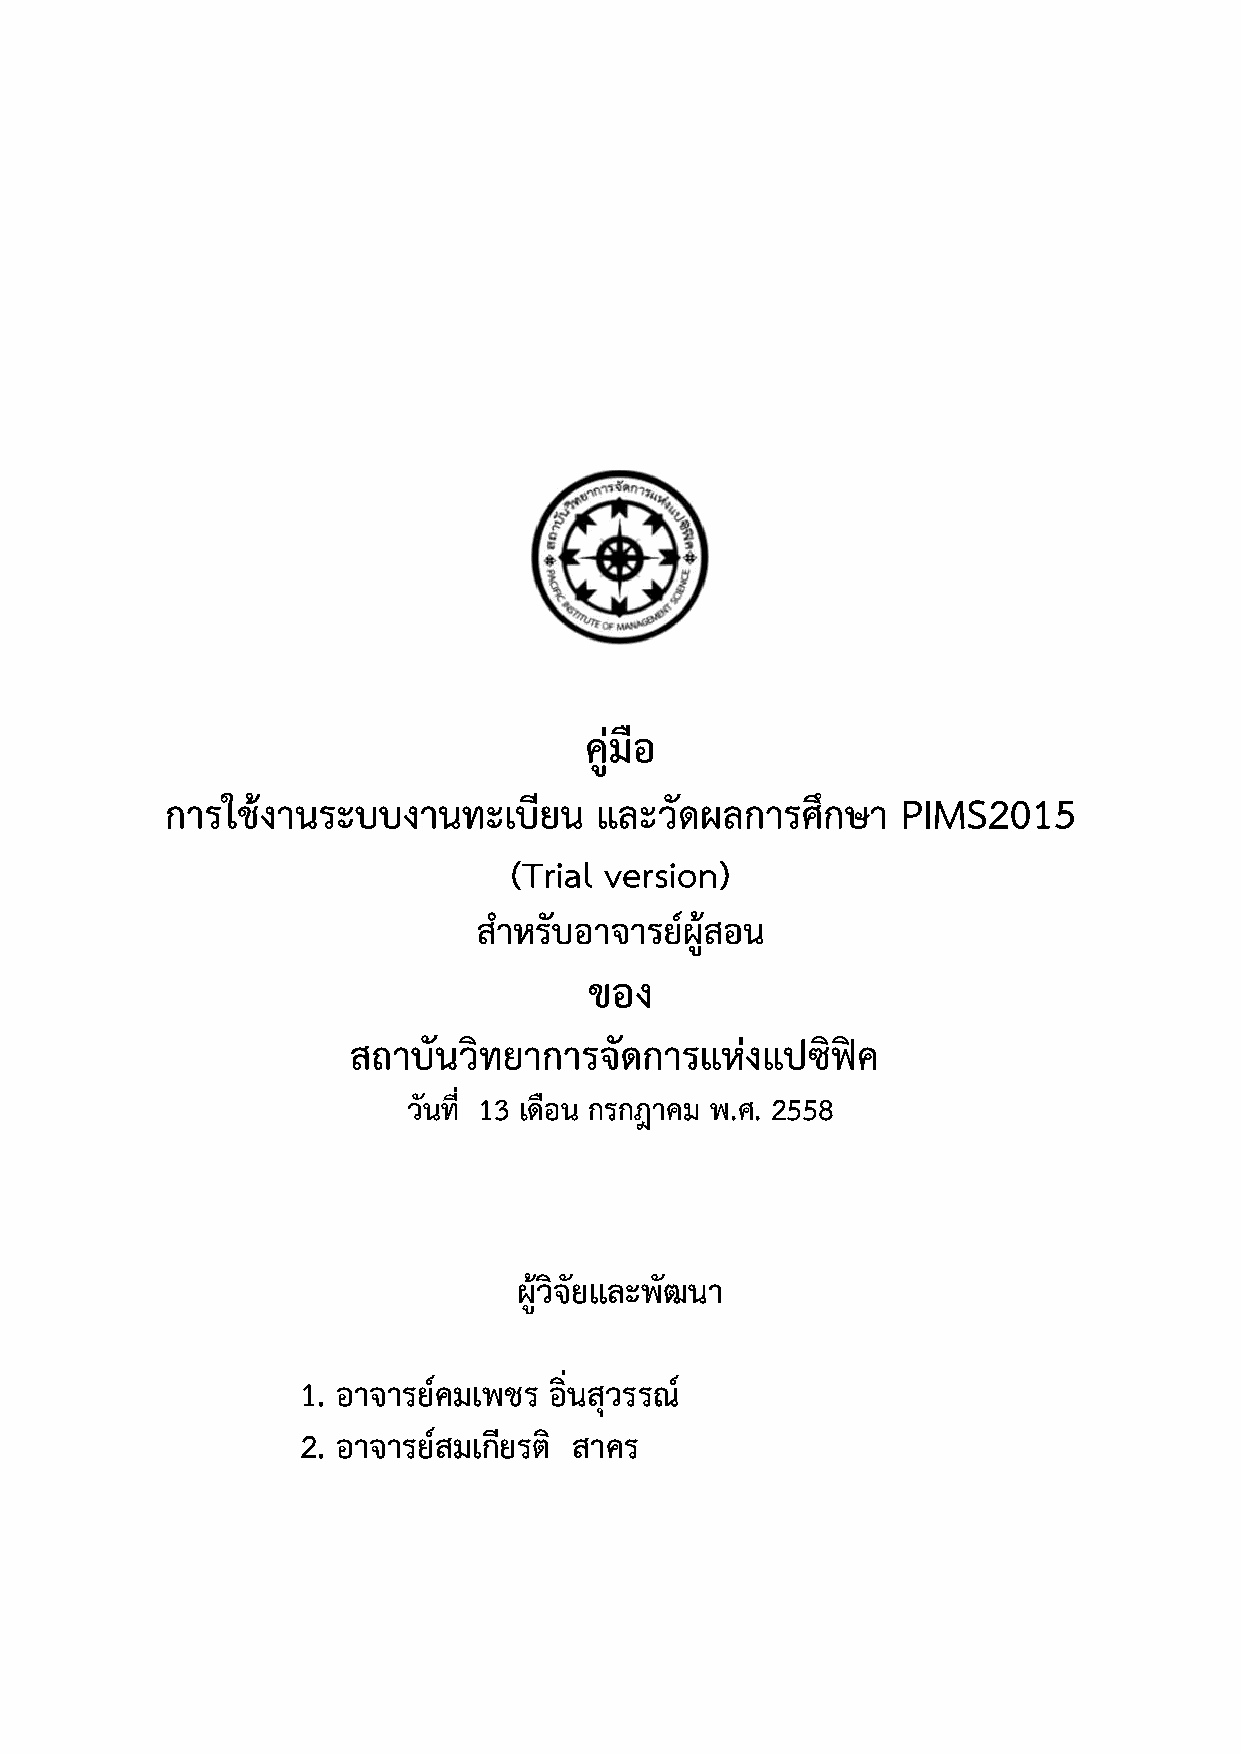
คูมือ
 การใชงานระบบงานทะเบียน     และวัดผลการศึกษา     PIMS2015
 (Trial version)
 สําหรับอาจารยผูสอน
 ของ
 สถาบันวิทยาการจัดการแหง   แปซิฟค
 วันที่ 13 เดือน กรกฎาคม พ.ศ. 2558
 ผูวิจัยและพัฒนา
 1. อาจารยคมเพชร อิ่นสุวรรณ
 2. อาจารยสมเกียรติ สาคร